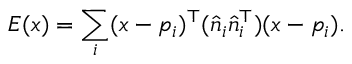
E ( x ) = \sum _ { i } ( x - p _ { i } ) ^ { \top } ( { \hat { n } } _ { i } { \hat { n } } _ { i } ^ { \top } ) ( x - p _ { i } ) .